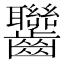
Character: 𪚁